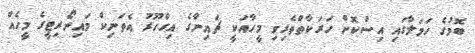
ބޮމުގެ ހަމަލާގައި އިސްކޮށް ހަރަކާތްތެރިވި މީހާއަކީ ޗައިނާގެ އިގްހޫރު އެތަނިކް މައިނޯރިޓީގެ މީހެއް